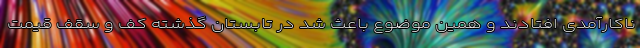
ناکارآمدی افتادند و همین موضوع باعث شد در تابستان گذشته کف و سقف قیمت